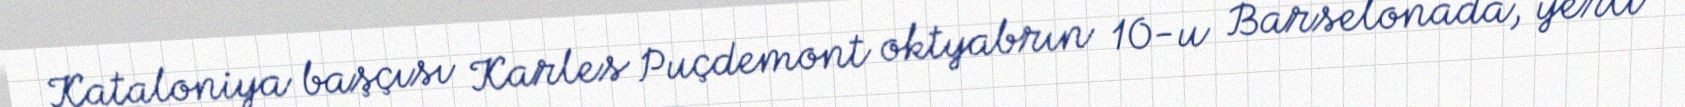
Kataloniya başçısı Karles Puçdemont oktyabrın 10-u Barselonada, yerli